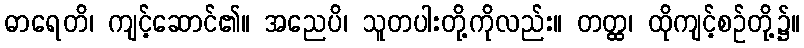
ဓာရေတိ၊ ကျင့်ဆောင်၏။ အညေပိ၊ သူတပါးတို့ကိုလည်း။ တတ္ထ၊ ထိုကျင့်စဉ်တို့၌။